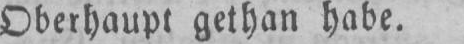
Oberhaupt gethan habe.